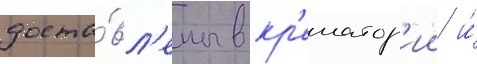
доста́вл'ены в кр'ематор'ии и́